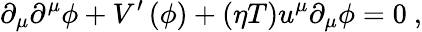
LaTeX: \partial_{\mu}\partial^{\mu}\phi+V^{\prime}\left(\phi\right)+\left(\eta T\right)u^{\mu}\partial_{\mu}\phi=0\ ,